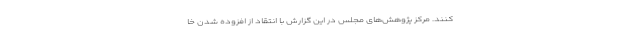
کنند. مرکز پژوهش‌های مجلس در این گزارش با انتقاد از افزوده شدن خا